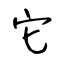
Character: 它